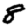
Digit: 8